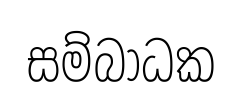
සම්බාධක